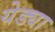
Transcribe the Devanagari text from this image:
येड्या